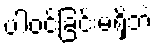
ပါဝင်ခြင်းမရှိဘဲ